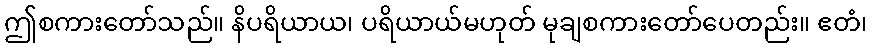
ဤစကားတော်သည်။ နိပရိယာယ၊ ပရိယာယ်မဟုတ် မုချစကားတော်ပေတည်း။ ဧတံ၊